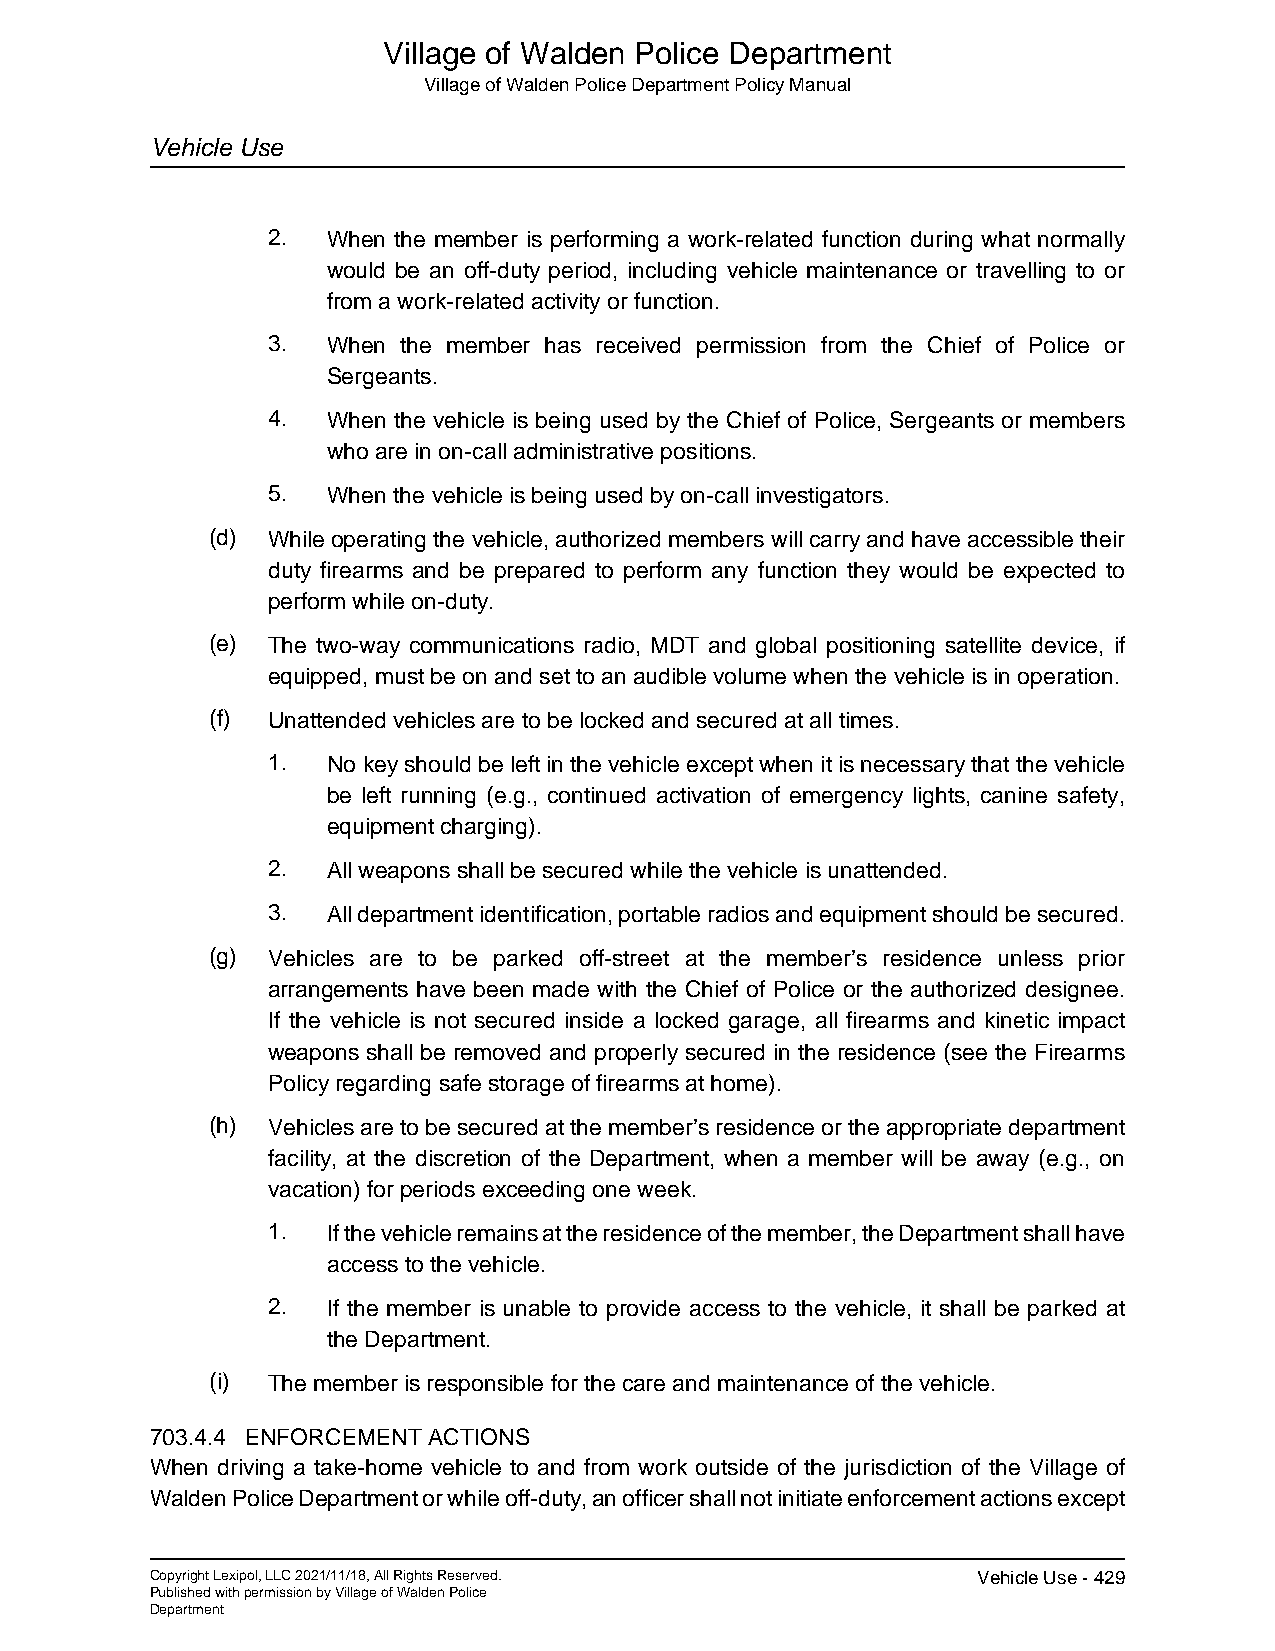
Village of Walden Police Department
 Village of Walden Police Department Policy Manual
 Vehicle Use
 2.  When the member is performing a work-related function during what normally
 would be an off-duty period, including vehicle maintenance or travelling to or
 from a work-related activity or function.
 3.  When the member has received permission from the Chief of Police or
 Sergeants.
 4.  When the vehicle is being used by the Chief of Police, Sergeants or members
 who are in on-call administrative positions.
 5.  When the vehicle is being used by on-call investigators.
 (d) While operating the vehicle, authorized members will carry and have accessible their
 duty firearms and be prepared to perform any function they would be expected to
 perform while on-duty.
 (e) The two-way communications radio, MDT and global positioning satellite device, if
 equipped, must be on and set to an audible volume when the vehicle is in operation.
 (f) Unattended vehicles are to be locked and secured at all times.
 1.  No key should be left in the vehicle except when it is necessary that the vehicle
 be left running (e.g., continued activation of emergency lights, canine safety,
 equipment charging).
 2.  All weapons shall be secured while the vehicle is unattended.
 3.  All department identification, portable radios and equipment should be secured.
 (g) Vehicles are to be parked off-street at the member’s residence unless prior
 arrangements have been made with the Chief of Police or the authorized designee.
 If the vehicle is not secured inside a locked garage, all firearms and kinetic impact
 weapons shall be removed and properly secured in the residence (see the Firearms
 Policy regarding safe storage of firearms at home).
 (h) Vehicles are to be secured at the member’s residence or the appropriate department
 facility, at the discretion of the Department, when a member will be away (e.g., on
 vacation) for periods exceeding one week.
 1.  If the vehicle remains at the residence of the member, the Department shall have
 access to the vehicle.
 2.  If the member is unable to provide access to the vehicle, it shall be parked at
 the Department.
 (i) The member is responsible for the care and maintenance of the vehicle.
 703.4.4 ENFORCEMENT ACTIONS
 When driving a take-home vehicle to and from work outside of the jurisdiction of the Village of
 Walden Police Department or while off-duty, an officer shall not initiate enforcement actions except
 Copyright Lexipol, LLC 2021/11/18, All Rights Reserved. Vehicle Use - 429
 Published with permission by Village of Walden Police
 Department